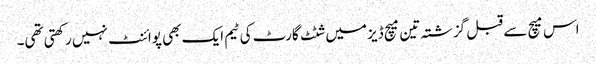
اس میچ سے قبل گزشتہ تین میچ ڈیز میں شٹٹ گارٹ کی ٹیم ایک بھی پوائنٹ نہیں رکھتی تھی۔